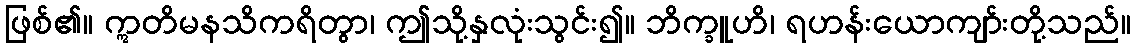
ဖြစ်၏။ ဣတိမနသိကရိတွာ၊ ဤသို့နှလုံးသွင်း၍။ ဘိက္ခူဟိ၊ ရဟန်းယောကျာ်းတို့သည်။